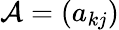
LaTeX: \mathcal{A}=(a_{kj})